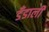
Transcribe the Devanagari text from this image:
डँडाली